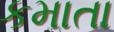
કમાતા